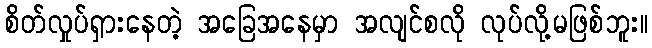
စိတ်လှုပ်ရှားနေတဲ့ အခြေအနေမှာ အလျင်စလို လုပ်လို့မဖြစ်ဘူး။